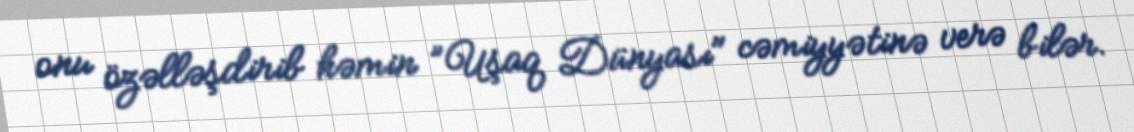
onu özəlləşdirib həmin ”Uşaq Dünyası" cəmiyyətinə verə bilər.